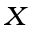
_ X